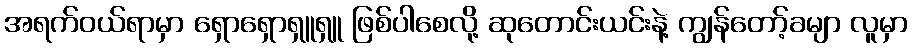
အရက်ဝယ်ရာမှာ ရှောရှောရှူရှူ ဖြစ်ပါစေလို့ ဆုတောင်းယင်းနဲ့ ကျွန်တော့်ခမျာ လူမှာ